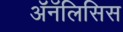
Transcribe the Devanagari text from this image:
ॲनॅलिसिस